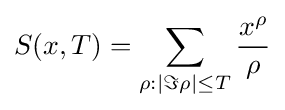
S(x,T)=\sum _{\rho :\left|\Im \rho \right|\leq T}{\frac {x^{\rho }}{\rho }}